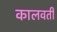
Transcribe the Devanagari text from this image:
कालवर्ती